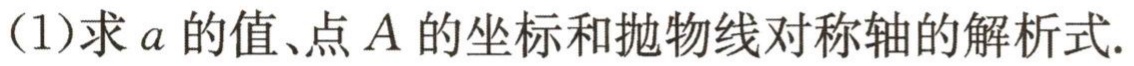
(1)求\(a\)的值、点\(A\)的坐标和抛物线对称轴的解析式.